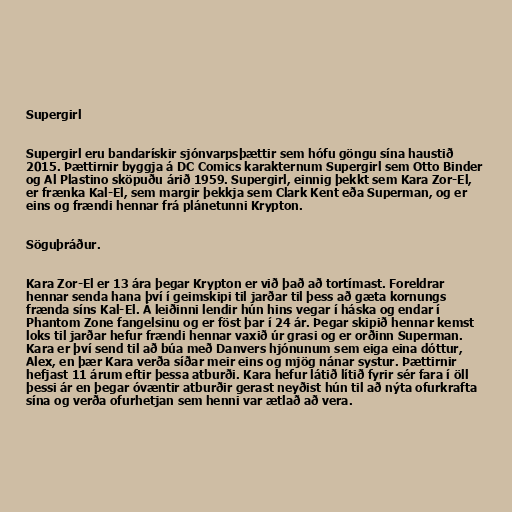
Supergirl

Supergirl eru bandarískir sjónvarpsþættir sem hófu göngu sína haustið
2015. Þættirnir byggja á DC Comics karakternum Supergirl sem Otto Binder
og Al Plastino sköpuðu árið 1959. Supergirl, einnig þekkt sem Kara Zor-El,
er frænka Kal-El, sem margir þekkja sem Clark Kent eða Superman, og er
eins og frændi hennar frá plánetunni Krypton.

Söguþráður.

Kara Zor-El er 13 ára þegar Krypton er við það að tortímast. Foreldrar
hennar senda hana því í geimskipi til jarðar til þess að gæta kornungs
frænda síns Kal-El. Á leiðinni lendir hún hins vegar í háska og endar í
Phantom Zone fangelsinu og er föst þar í 24 ár. Þegar skipið hennar kemst
loks til jarðar hefur frændi hennar vaxið úr grasi og er orðinn Superman.
Kara er því send til að búa með Danvers hjónunum sem eiga eina dóttur,
Alex, en þær Kara verða síðar meir eins og mjög nánar systur. Þættirnir
hefjast 11 árum eftir þessa atburði. Kara hefur látið lítið fyrir sér fara í öll
þessi ár en þegar óvæntir atburðir gerast neyðist hún til að nýta ofurkrafta
sína og verða ofurhetjan sem henni var ætlað að vera.